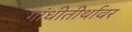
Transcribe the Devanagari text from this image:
गांधीतीर्थावर